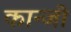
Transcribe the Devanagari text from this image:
कान्जी